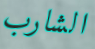
الشارب